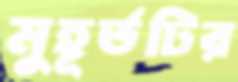
মুহূর্তটির